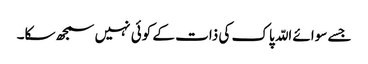
جسے سوائے اللّہ پاک کی ذات کے کوئی نہیں سمجھ سکا۔